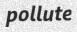
pollute